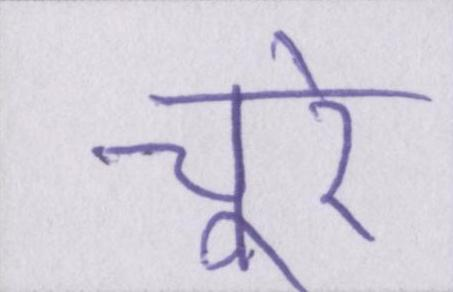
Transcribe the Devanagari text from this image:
चूरे